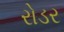
રોડર